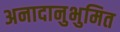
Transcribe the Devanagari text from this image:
अनादानुभुमित